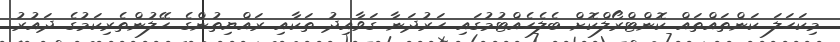
މިކަހަލަ ކަންތައްތައް ކޮންޓްރޯލްކޮށް ބެލެހެއްޓުމުގައި ހަރުދަނާ ގަވާއިދު ތަކާއި ރައްޔިތުންގެ ހޭލުންތެރިކަމުގެ ދައުރު